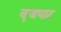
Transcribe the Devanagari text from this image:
वॄजघाट